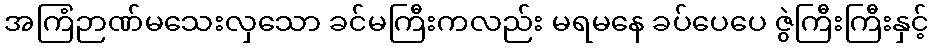
အကြံဉာဏ်မသေးလှသော ခင်မကြီးကလည်း မရမနေ ခပ်ပေပေ ဇွဲကြီးကြီးနှင့်